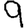
Digit: 9